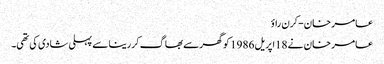
عامر خان-کرن راؤ
عامر خان نے 18اپریل 1986 کو گھرسے بھاگ کررینا سے پہلی شادی کی تھی۔